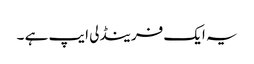
یہ ایک فرینڈلی ایپ ہے ۔